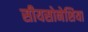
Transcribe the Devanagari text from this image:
सीयसोनेशिया